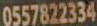
0557822334